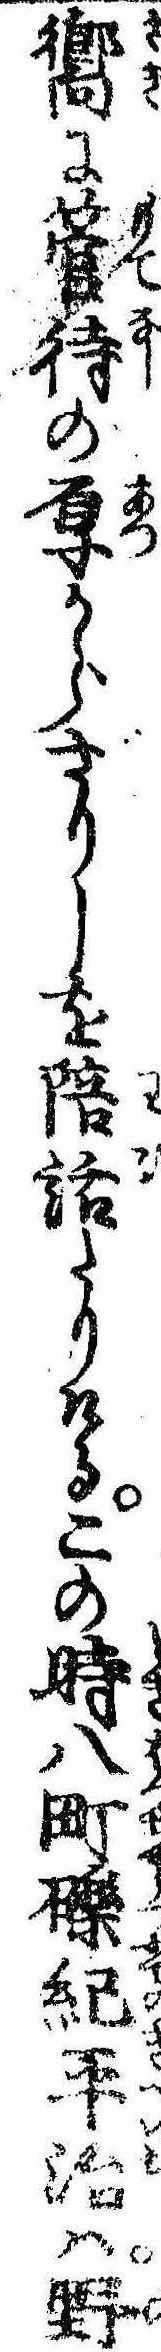
嚮に管待の厚からざりしを陪話たりけるこの時八町礫紀平治は野